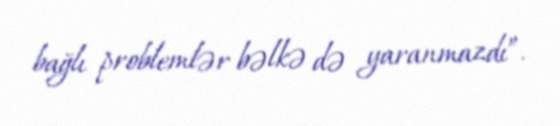
bağlı problemlər bəlkə də yaranmazdı”.